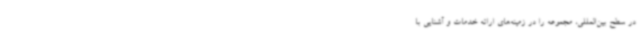
در سطح بین‌المللی، مجموعه را در زمینه‌های ارائه خدمات و آشنایی با